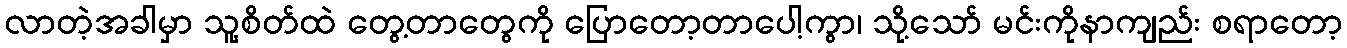
လာတဲ့အခါမှာ သူ့စိတ်ထဲ တွေ့တာတွေကို ပြောတော့တာပေါ့ကွာ၊ သို့သော် မင်းကိုနာကျည်း စရာတော့